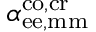
{ \alpha } _ { \mathrm { e e , m m } } ^ { \mathrm { c o , c r } }